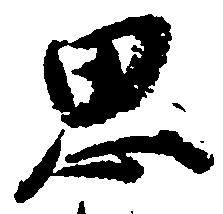
思